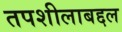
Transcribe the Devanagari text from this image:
तपशीलाबद्दल